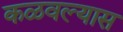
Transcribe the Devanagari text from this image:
कळवल्यास